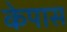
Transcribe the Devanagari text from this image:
केपास